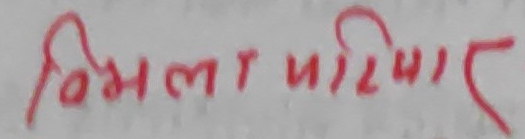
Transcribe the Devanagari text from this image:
बिमला परियार